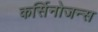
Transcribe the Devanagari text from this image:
कर्सिनोजन्स